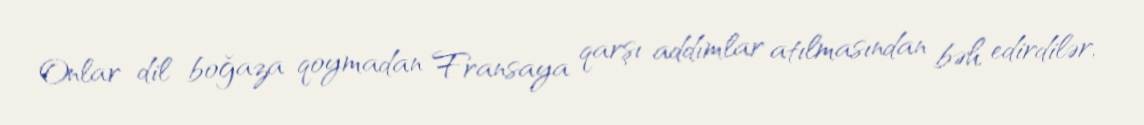
Onlar dil boğaza qoymadan Fransaya qarşı addımlar atılmasından bəh edirdilər,